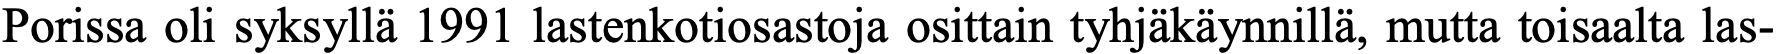
Porissa oli syksyllä 1991 lastenkotiosastoja osittain tyhjäkäynnillä, mutta toisaalta las-